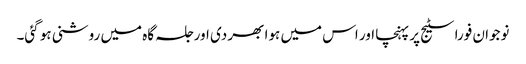
نوجوان فورا سٹیج پر پہنچا اور اس میں ہوا بھر دی اور جلسہ گاہ میں روشنی ہو گئی۔